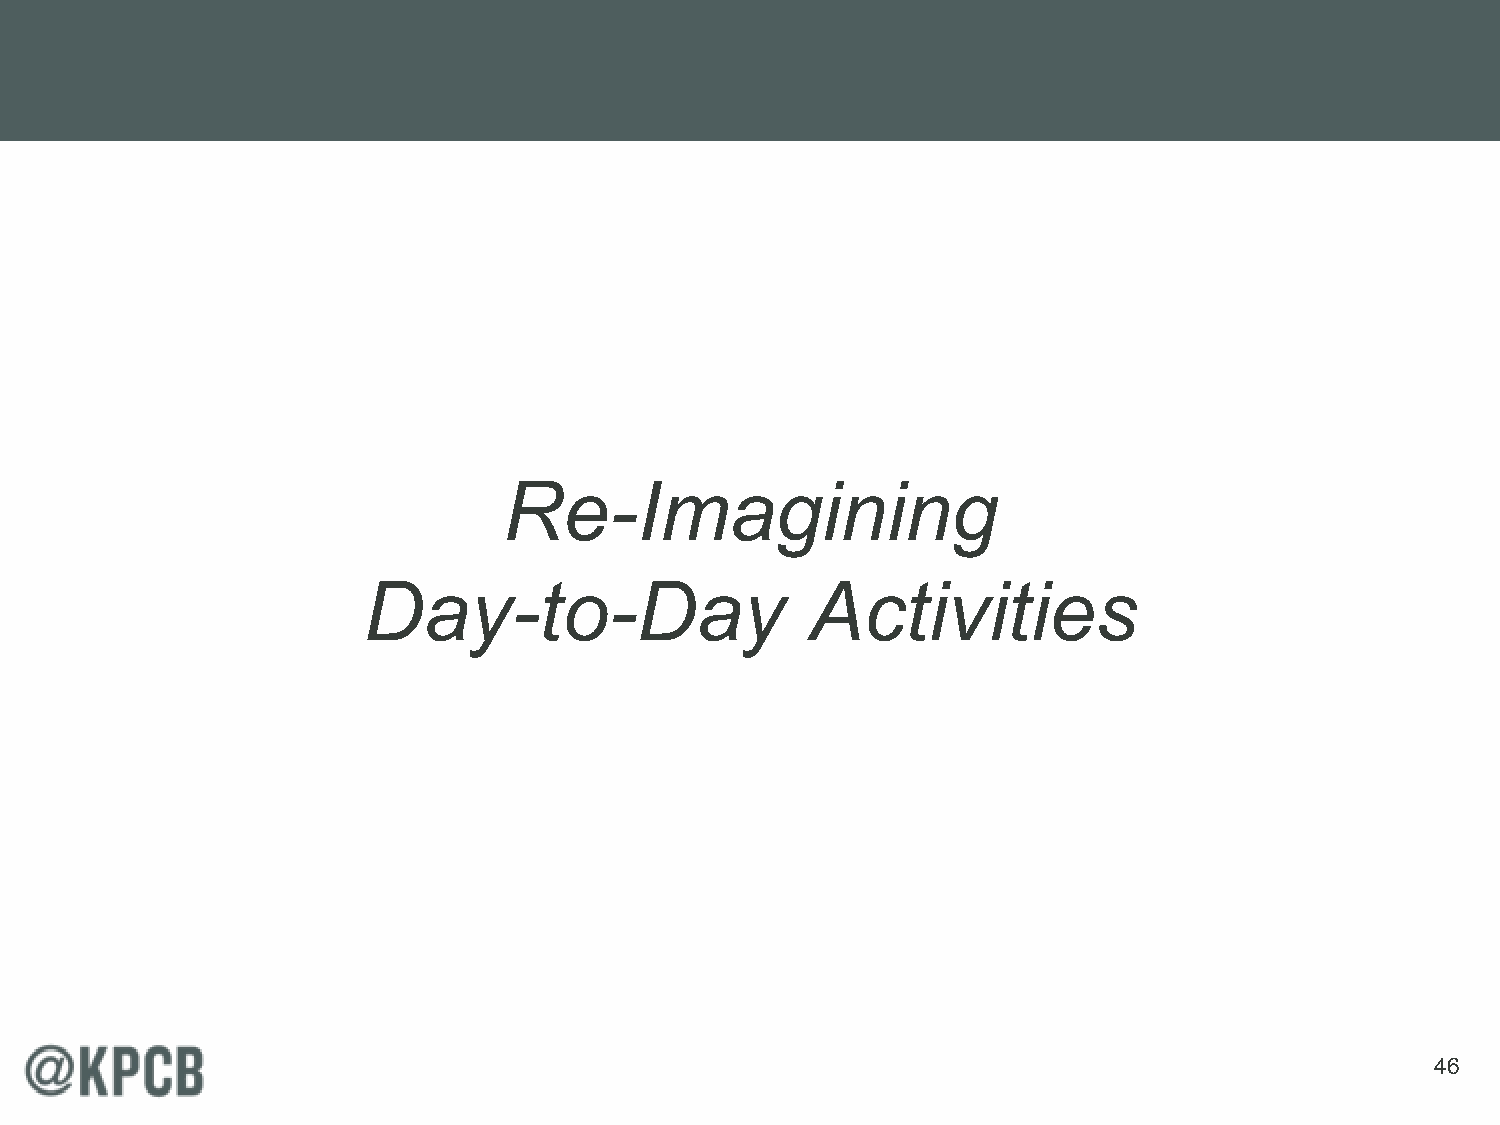
Re-Imagining
 Day-to-Day                    Activities
 46